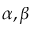
\alpha , \beta